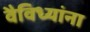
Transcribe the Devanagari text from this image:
वैविध्यांना